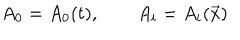
A _ { 0 } = A _ { 0 } ( t ) , \qquad A _ { i } = A _ { i } ( \vec { x } )